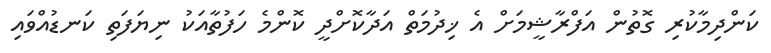
ކަންދިމާކުރި ގޮތުން އަފްރާޝީމަށް އެ ޚިދުމަތް އަދާކޮށްދީ ކޮންމެ ހަފުތާއަކު ނިޔަފަތި ކަނޑުއްވައި